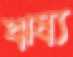
ঋষ্য